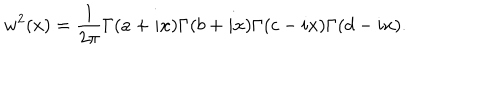
LaTeX: w ^ { 2 } ( x ) = { \frac { 1 } { 2 \pi } } \Gamma ( a + i x ) \Gamma ( b + i x ) \Gamma ( c - i x ) \Gamma ( d - i x ) .